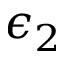
\epsilon _ { 2 }